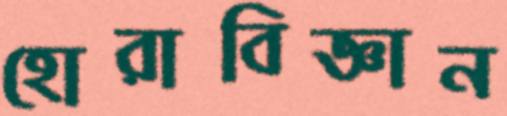
হোরাবিজ্ঞান